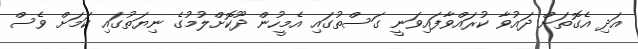
އަދި އެގޮތަށް ދައުވާ ކުރައްވާފައިވަނީ ގަސްތުގައި އެމީހުން ދޫކޮށްލުމުގެ ނިޔަތުގައި ކަމަށް ވެސް